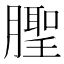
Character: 𬂒